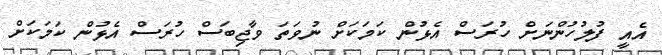
އެއީ ފުލުހުންނަށް ހުރަސް އެޅުން ކަމަކަށް ނުވަތަ ވާޖިބަސް ހުރަސް އެޅުން ކަމަކަށް